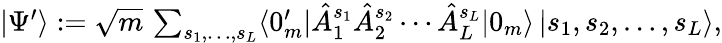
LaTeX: \textstyle|\Psi^{\prime}\rangle:=\sqrt{m}\, \sum_{s_{1},\dotsc,s_{L}}\langle 0_{m}^{\prime}|\hat{A}_{1}^{s_{1}}\hat{A}_{2}^{s_{2}}\dotsb\hat{A}_{L}^{s_{L}}|0_{m}\rangle\, |s_{1},s_{2},\dotsc,s_{L}\rangle,